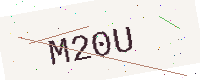
Text: M20U